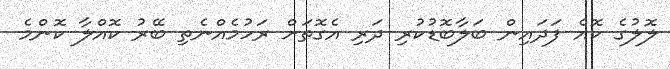
ލޮލުގެ ކޮއެ ފަދައިން ބަލާބޮޑުކުރި ދަރި އެގޮތަށް ރަހުމެއްނެތި ބޭރު ކޮއްލާ ކޮންމެ